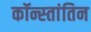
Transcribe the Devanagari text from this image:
कॉन्स्तांतिन